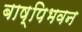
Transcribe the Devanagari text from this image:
बाष्पिभवन